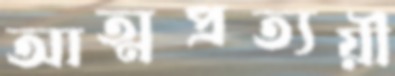
আত্মপ্রত্যয়ী